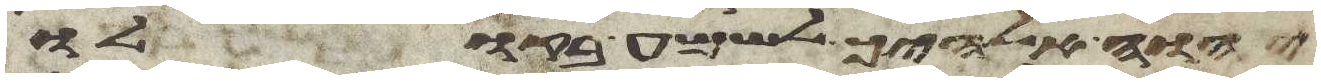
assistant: יהוה אלהיך ולשמע בקולו